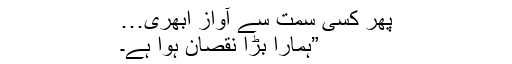
پھر کسی سمت سے آواز ابھری…
”ہمارا بڑا نقصان ہوا ہے۔